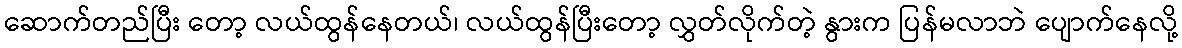
ဆောက်တည်ပြီး တော့ လယ်ထွန်နေတယ်၊ လယ်ထွန်ပြီးတော့ လွှတ်လိုက်တဲ့ နွားက ပြန်မလာဘဲ ပျောက်နေလို့